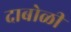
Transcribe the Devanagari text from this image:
दाबोळी